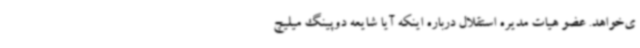
ی‌خواهد. عضو هیات مدیره استقلال درباره اینکه آیا شایعه دوپینگ میلیچ